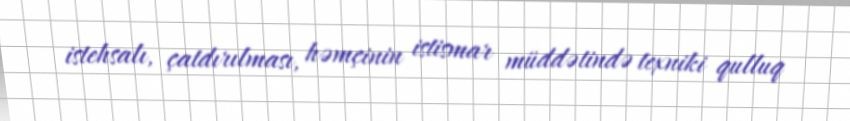
istehsalı, çatdırılması, həmçinin istismar müddətində texniki qulluq